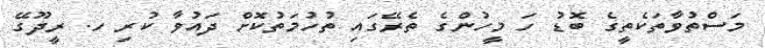
މަސްތުވާތަކެތީގެ ބޮޑު ހަ މީހުންގެ ތެރޭގައި ތުހުމަތުކޮށް ދައުވާ ކުރި ހ. ރީދޫގޭ